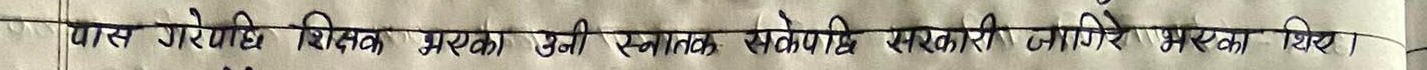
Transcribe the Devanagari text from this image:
पास गरेपछि शिक्षक भएकी उनी स्नातक सेकेपछि सरकारी जागिरे भएकी थिइन्।